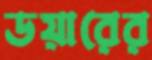
ডয়ারের